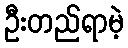
ဦးတည်ရာမဲ့